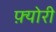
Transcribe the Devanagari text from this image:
फ़्योरी